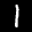
Label: 1